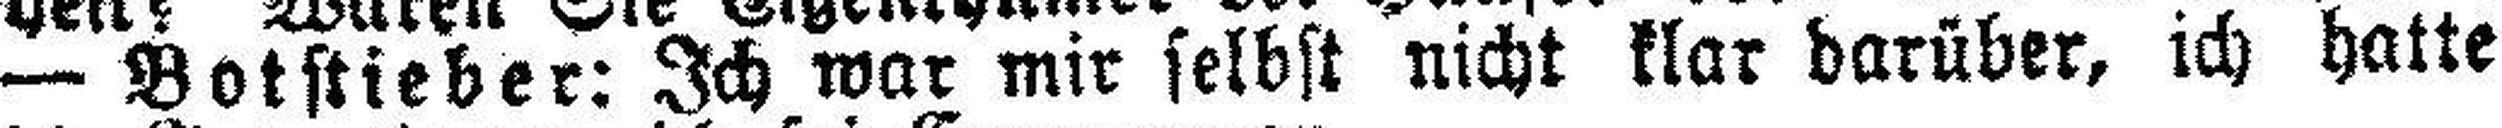
— Botstieber: Ich war mir selbst nicht klar darüber, ich hatte